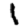
Digit: 1